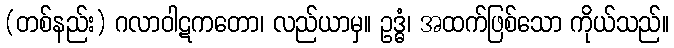
(တစ်နည်း) ဂလာဝါဋကတော၊ လည်ယာမှ။ ဥဒ္ဓံ၊ အထက်ဖြစ်သော ကိုယ်သည်။